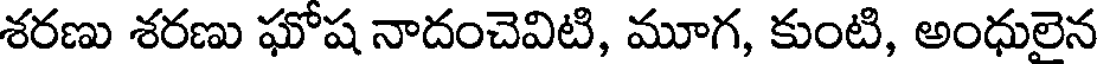
శరణు శరణు ఘోష నాదంచెవిటి, మూగ, కుంటి, అంధులైన